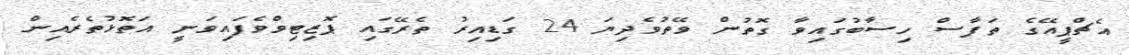
އެޗްޕީއޭގެ ތަފާސް ހިސާބުގައިވާ ގޮތުން ވޭތުވެދިޔަ 24 ގަޑިއިރު ތެރޭގައި ޕޮޒިޓިވްވެފައިވަނީ އަތޮޅުތެރެއިން